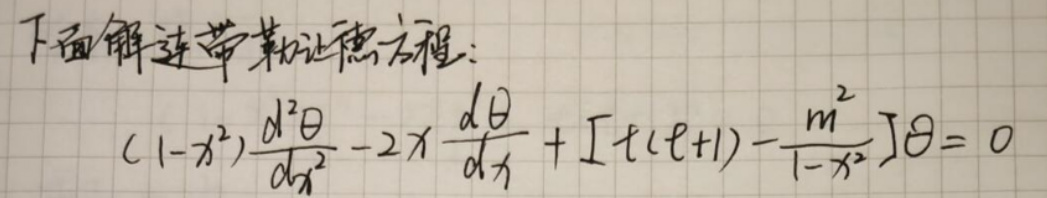
下面解连带勒让德方程：

\((1 - x^{2})\frac{d^{2}\Theta}{dx^{2}} - 2x\frac{d\Theta}{dx} + \left[\ell(\ell + 1) - \frac{m^{2}}{1 - x^{2}}\right]\Theta = 0\)